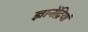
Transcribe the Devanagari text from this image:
ज्ञानेंद्रियां